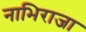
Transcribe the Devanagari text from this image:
नाभिराजा